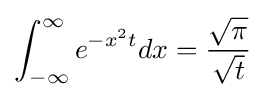
\int _{-\infty }^{\infty }e^{-x^{2}t}dx={\frac {\sqrt {\pi }}{\sqrt {t}}}